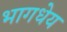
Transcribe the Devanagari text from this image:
भागधेय